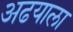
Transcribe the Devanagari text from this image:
अढयाला